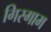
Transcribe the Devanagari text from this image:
गिरगाम